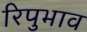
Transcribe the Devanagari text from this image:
रिपुभाव